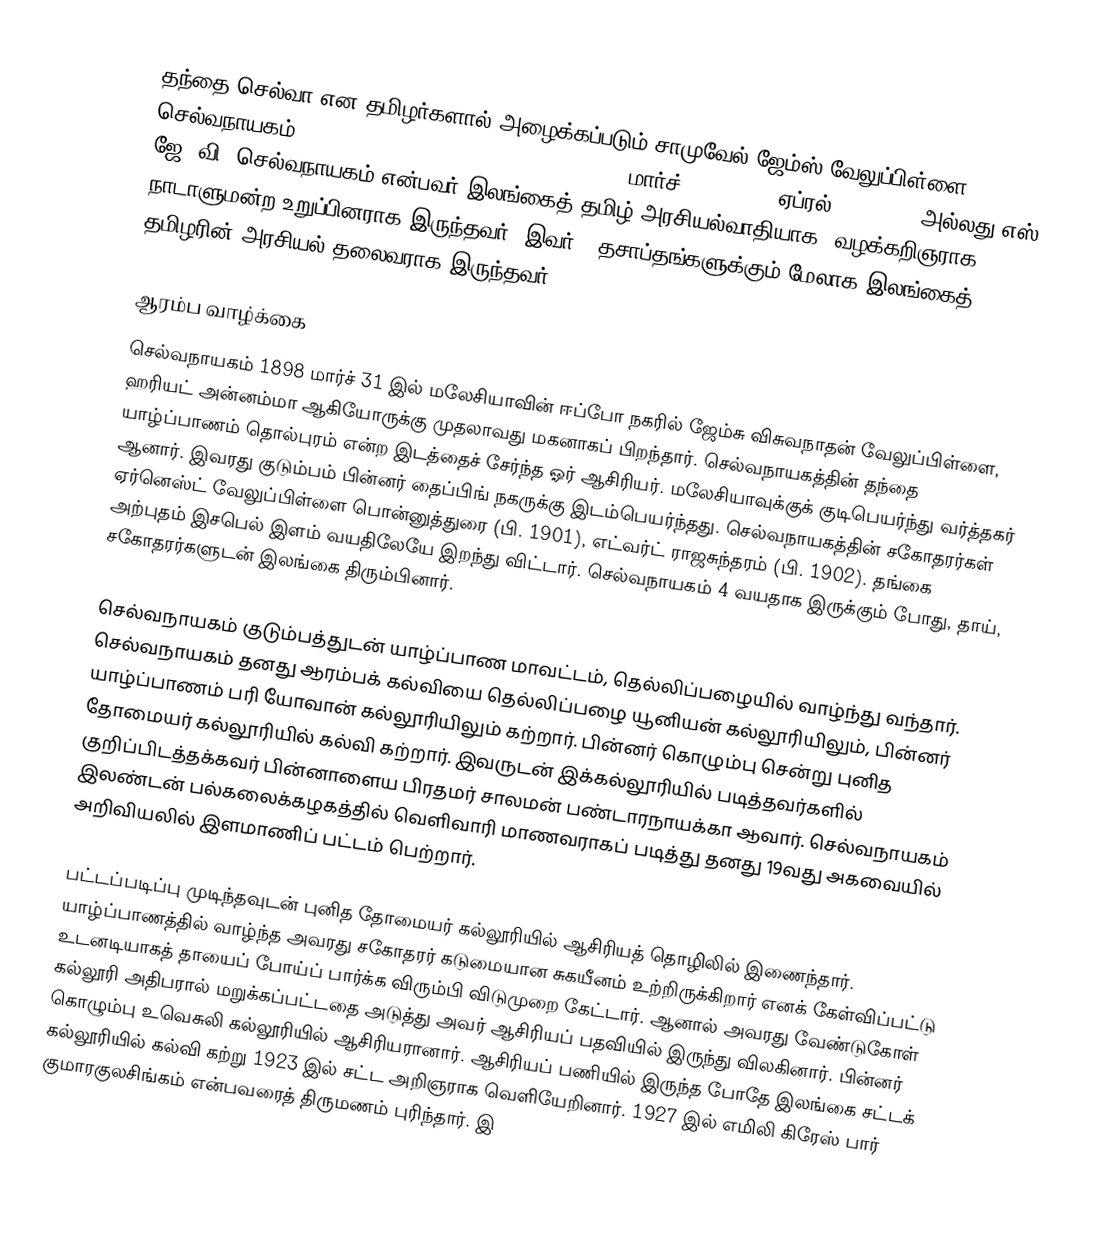
தந்தை செல்வா என தமிழர்களால் அழைக்கப்படும் சாமுவேல் ஜேம்ஸ் வேலுப்பிள்ளை செல்வநாயகம் (Samuel James Velupillai Chelvanayagam, மார்ச் 31, 1898 - ஏப்ரல் 26, 1977) அல்லது எஸ். ஜே. வி. செல்வநாயகம் என்பவர்  இலங்கைத் தமிழ் அரசியல்வாதியாக, வழக்கறிஞராக, நாடாளுமன்ற உறுப்பினராக இருந்தவர். இவர் 2 தசாப்தங்களுக்கும் மேலாக இலங்கைத் தமிழரின் அரசியல் தலைவராக இருந்தவர்.

ஆரம்ப வாழ்க்கை
செல்வநாயகம் 1898 மார்ச் 31 இல் மலேசியாவின் ஈப்போ நகரில் ஜேம்சு விசுவநாதன் வேலுப்பிள்ளை, ஹரியட் அன்னம்மா ஆகியோருக்கு முதலாவது மகனாகப் பிறந்தார். செல்வநாயகத்தின் தந்தை யாழ்ப்பாணம் தொல்புரம் என்ற இடத்தைச் சேர்ந்த ஓர் ஆசிரியர். மலேசியாவுக்குக் குடிபெயர்ந்து வர்த்தகர் ஆனார். இவரது குடும்பம் பின்னர் தைப்பிங் நகருக்கு இடம்பெயர்ந்தது. செல்வநாயகத்தின் சகோதரர்கள் ஏர்னெஸ்ட் வேலுப்பிள்ளை பொன்னுத்துரை (பி. 1901), எட்வர்ட் ராஜசுந்தரம் (பி. 1902). தங்கை அற்புதம் இசபெல் இளம் வயதிலேயே இறந்து விட்டார். செல்வநாயகம் 4 வயதாக இருக்கும் போது, தாய், சகோதரர்களுடன் இலங்கை திரும்பினார்.

செல்வநாயகம் குடும்பத்துடன் யாழ்ப்பாண மாவட்டம், தெல்லிப்பழையில் வாழ்ந்து வந்தார். செல்வநாயகம் தனது ஆரம்பக் கல்வியை தெல்லிப்பழை யூனியன் கல்லூரியிலும், பின்னர் யாழ்ப்பாணம் பரி யோவான் கல்லூரியிலும் கற்றார். பின்னர் கொழும்பு சென்று புனித தோமையர் கல்லூரியில் கல்வி கற்றார். இவருடன் இக்கல்லூரியில் படித்தவர்களில் குறிப்பிடத்தக்கவர் பின்னாளைய பிரதமர் சாலமன் பண்டாரநாயக்கா ஆவார். செல்வநாயகம் இலண்டன் பல்கலைக்கழகத்தில் வெளிவாரி மாணவராகப் படித்து தனது 19வது அகவையில் அறிவியலில் இளமாணிப் பட்டம் பெற்றார்.

பட்டப்படிப்பு முடிந்தவுடன் புனித தோமையர் கல்லூரியில் ஆசிரியத் தொழிலில் இணைந்தார். யாழ்ப்பாணத்தில் வாழ்ந்த அவரது சகோதரர் கடுமையான சுகயீனம் உற்றிருக்கிறார் எனக் கேள்விப்பட்டு உடனடியாகத் தாயைப் போய்ப் பார்க்க விரும்பி விடுமுறை கேட்டார். ஆனால் அவரது வேண்டுகோள் கல்லூரி அதிபரால் மறுக்கப்பட்டதை அடுத்து அவர் ஆசிரியப் பதவியில் இருந்து விலகினார். பின்னர் கொழும்பு உவெசுலி கல்லூரியில் ஆசிரியரானார். ஆசிரியப் பணியில் இருந்த போதே இலங்கை சட்டக் கல்லூரியில் கல்வி கற்று 1923 இல் சட்ட அறிஞராக வெளியேறினார். 1927 இல் எமிலி கிரேஸ் பார் குமாரகுலசிங்கம் என்பவரைத் திருமணம் புரிந்தார். இ